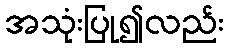
အသုံးပြု၍လည်း